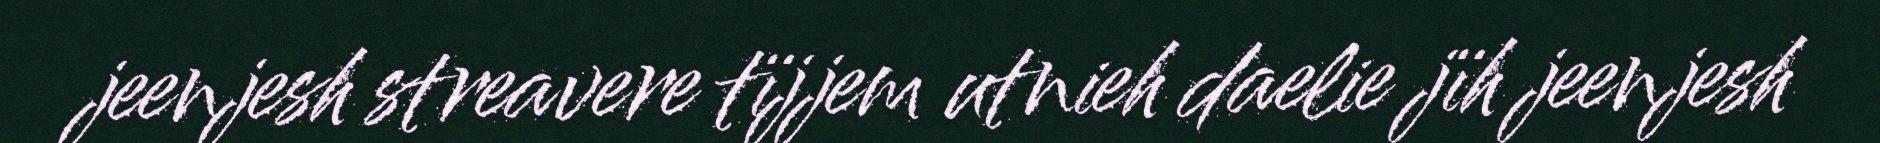
jeenjesh streavere tïjjem utnieh daelie jïh jeenjesh